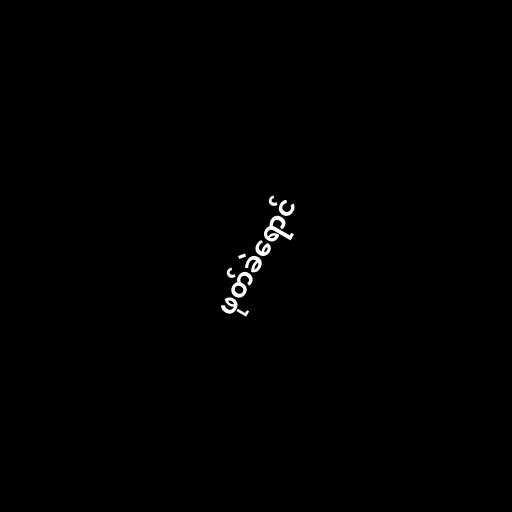
ဖုတ်ခဲရောင်